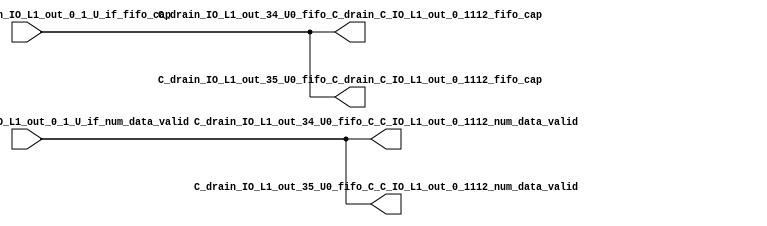
// ==================================================
// RTL generated by RapidStream
//
// Copyright 2024 RapidStream Design Automation, Inc.
// All Rights Reserved.
// ==================================================
`timescale 1 ns / 1 ps
module __rs_kernel3_aux_split_aux_68 #(
    parameter C_S_AXI_CONTROL_DATA_WIDTH  = 32,
    parameter C_S_AXI_CONTROL_ADDR_WIDTH  = 6,
    parameter C_S_AXI_DATA_WIDTH          = 32,
    parameter C_M_AXI_GMEM_A_ID_WIDTH     = 1,
    parameter C_M_AXI_GMEM_A_ADDR_WIDTH   = 64,
    parameter C_M_AXI_GMEM_A_DATA_WIDTH   = 512,
    parameter C_M_AXI_GMEM_A_AWUSER_WIDTH = 1,
    parameter C_M_AXI_GMEM_A_ARUSER_WIDTH = 1,
    parameter C_M_AXI_GMEM_A_WUSER_WIDTH  = 1,
    parameter C_M_AXI_GMEM_A_RUSER_WIDTH  = 1,
    parameter C_M_AXI_GMEM_A_BUSER_WIDTH  = 1,
    parameter C_M_AXI_GMEM_A_USER_VALUE   = 0,
    parameter C_M_AXI_GMEM_A_PROT_VALUE   = 0,
    parameter C_M_AXI_GMEM_A_CACHE_VALUE  = 3,
    parameter C_M_AXI_DATA_WIDTH          = 32,
    parameter C_M_AXI_GMEM_B_ID_WIDTH     = 1,
    parameter C_M_AXI_GMEM_B_ADDR_WIDTH   = 64,
    parameter C_M_AXI_GMEM_B_DATA_WIDTH   = 512,
    parameter C_M_AXI_GMEM_B_AWUSER_WIDTH = 1,
    parameter C_M_AXI_GMEM_B_ARUSER_WIDTH = 1,
    parameter C_M_AXI_GMEM_B_WUSER_WIDTH  = 1,
    parameter C_M_AXI_GMEM_B_RUSER_WIDTH  = 1,
    parameter C_M_AXI_GMEM_B_BUSER_WIDTH  = 1,
    parameter C_M_AXI_GMEM_B_USER_VALUE   = 0,
    parameter C_M_AXI_GMEM_B_PROT_VALUE   = 0,
    parameter C_M_AXI_GMEM_B_CACHE_VALUE  = 3,
    parameter C_M_AXI_GMEM_C_ID_WIDTH     = 1,
    parameter C_M_AXI_GMEM_C_ADDR_WIDTH   = 64,
    parameter C_M_AXI_GMEM_C_DATA_WIDTH   = 512,
    parameter C_M_AXI_GMEM_C_AWUSER_WIDTH = 1,
    parameter C_M_AXI_GMEM_C_ARUSER_WIDTH = 1,
    parameter C_M_AXI_GMEM_C_WUSER_WIDTH  = 1,
    parameter C_M_AXI_GMEM_C_RUSER_WIDTH  = 1,
    parameter C_M_AXI_GMEM_C_BUSER_WIDTH  = 1,
    parameter C_M_AXI_GMEM_C_USER_VALUE   = 0,
    parameter C_M_AXI_GMEM_C_PROT_VALUE   = 0,
    parameter C_M_AXI_GMEM_C_CACHE_VALUE  = 3,
    parameter C_S_AXI_CONTROL_WSTRB_WIDTH = 4,
    parameter C_S_AXI_WSTRB_WIDTH         = 4,
    parameter C_M_AXI_GMEM_A_WSTRB_WIDTH  = 64,
    parameter C_M_AXI_WSTRB_WIDTH         = 4,
    parameter C_M_AXI_GMEM_B_WSTRB_WIDTH  = 64,
    parameter C_M_AXI_GMEM_C_WSTRB_WIDTH  = 64
) (
    output wire [1:0] C_drain_IO_L1_out_34_U0_fifo_C_C_IO_L1_out_0_1112_num_data_valid,
    output wire [1:0] C_drain_IO_L1_out_34_U0_fifo_C_drain_C_IO_L1_out_0_1112_fifo_cap,
    output wire [1:0] C_drain_IO_L1_out_35_U0_fifo_C_C_IO_L1_out_0_1112_num_data_valid,
    output wire [1:0] C_drain_IO_L1_out_35_U0_fifo_C_drain_C_IO_L1_out_0_1112_fifo_cap,
    input wire  [1:0] fifo_C_drain_C_drain_IO_L1_out_0_1_U_if_fifo_cap,
    input wire  [1:0] fifo_C_drain_C_drain_IO_L1_out_0_1_U_if_num_data_valid
);
assign C_drain_IO_L1_out_34_U0_fifo_C_C_IO_L1_out_0_1112_num_data_valid = fifo_C_drain_C_drain_IO_L1_out_0_1_U_if_num_data_valid;
assign C_drain_IO_L1_out_34_U0_fifo_C_drain_C_IO_L1_out_0_1112_fifo_cap = fifo_C_drain_C_drain_IO_L1_out_0_1_U_if_fifo_cap;
assign C_drain_IO_L1_out_35_U0_fifo_C_C_IO_L1_out_0_1112_num_data_valid = fifo_C_drain_C_drain_IO_L1_out_0_1_U_if_num_data_valid;
assign C_drain_IO_L1_out_35_U0_fifo_C_drain_C_IO_L1_out_0_1112_fifo_cap = fifo_C_drain_C_drain_IO_L1_out_0_1_U_if_fifo_cap;
endmodule